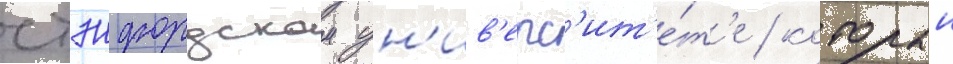
стэнфордском ун'ив'ерс'ит'е́т'е / которыи